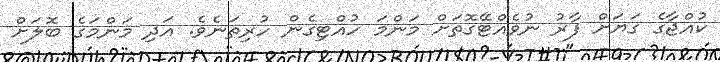
ކުއްޖާގެ ގަޔަށް ފާރު ނުވެއްޓޭގޮތަށް މަންމަ ހުއްޓިގެން ހުރިތަނެވެ. އަދި މަންމަގެ ބޮލަށް